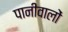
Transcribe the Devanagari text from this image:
पानीवालों